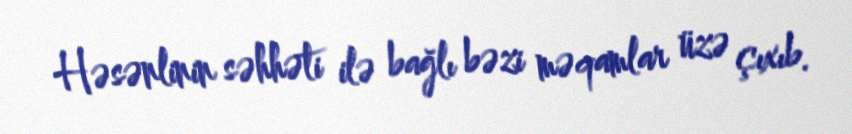
Həsənlinin səhhəti ilə bağlı bəzi məqamlar üzə çıxıb.